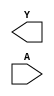
module sky130_fd_sc_ms__clkdlyinv5sd1 (
    Y,
    A
);

    output Y;
    input  A;

    // Voltage supply signals
    supply1 VPWR;
    supply0 VGND;
    supply1 VPB ;
    supply0 VNB ;

endmodule